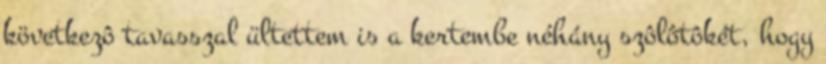
következô tavasszal ültettem is a kertembe néhány szôlôtôkét, hogy